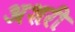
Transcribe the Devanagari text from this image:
अशरी